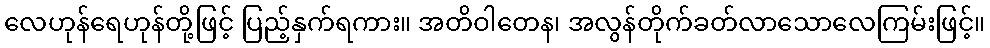
လေဟုန်ရေဟုန်တို့ဖြင့် ပြည့်နှက်ရကား။ အတိဝါတေန၊ အလွန်တိုက်ခတ်လာသောလေကြမ်းဖြင့်။